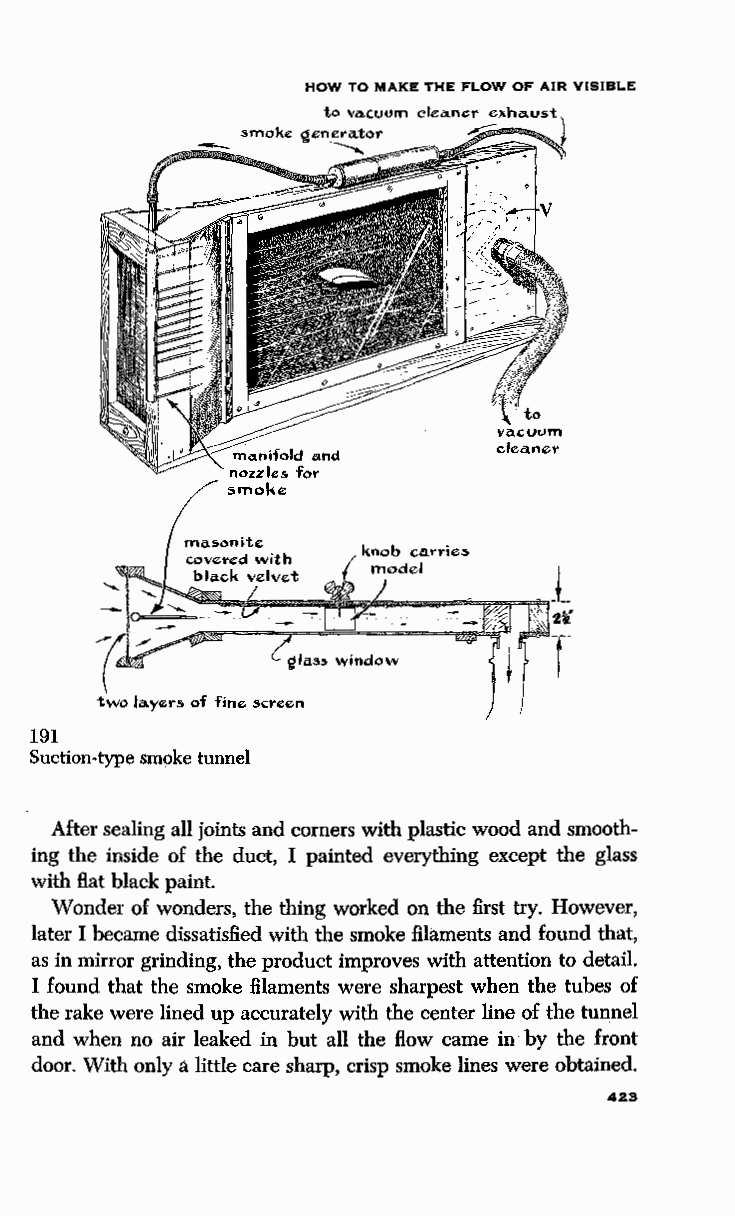
HOW TO MAKE THE FLOW OF AIR VISIBLE
 ~~--~~--~~~,~~·i
 l
 191
 Suction-type smoke tunnel
 After sealing all joints and corners with plastic wood and smooth
 ing the inside of the duct, I painted everything except the glass
 with Hat black paint.
 Wonder of wonders, the thing worked on the first try. However,
 later I became dissatisfied with the smoke filaments and found that,
 as in mirror grinding, the product improves with attention to detail.
 I found that the smoke filaments were sharpest when the tubes of
 the rake were lined up accurately with the center line of the tunnel
 and when no air leaked in but all the How came in by the front
 door. With only a little care sharp, crisp smoke lines were obtained.
 423